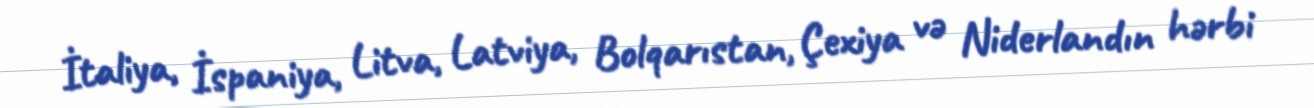
İtaliya, İspaniya, Litva, Latviya, Bolqarıstan, Çexiya və Niderlandın hərbi